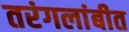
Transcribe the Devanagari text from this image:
तरंगलांबीत